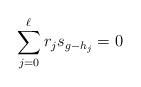
LaTeX: \begin{align*}\sum_{j=0}^\ell r_js_{g-h_j}=0\end{align*}